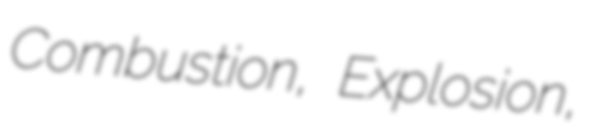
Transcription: Combustion, Explosion,